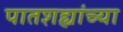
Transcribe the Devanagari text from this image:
पातशह्यांच्या